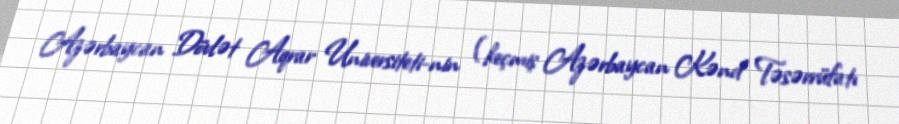
Azərbaycan Dövlət Aqrar Universiteti-nin (keçmiş Azərbaycan Kənd Təsərrüfatı